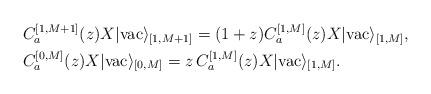
LaTeX: \begin{align*}& C_{a}^{[1, M+1]}(z)X|\mathrm{vac}\rangle_{[1, M+1]}=(1+z)C_{a}^{[1, M]}(z)X|\mathrm{vac}\rangle_{[1, M]}, \\ & C_{a}^{[0, M]}(z)X|\mathrm{vac}\rangle_{[0, M]}=z\,C_{a}^{[1, M]}(z)X|\mathrm{vac}\rangle_{[1, M]}. \end{align*}